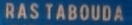
RAS TABOUDA